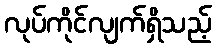
လုပ်ကိုင်လျက်ရှိသည့်